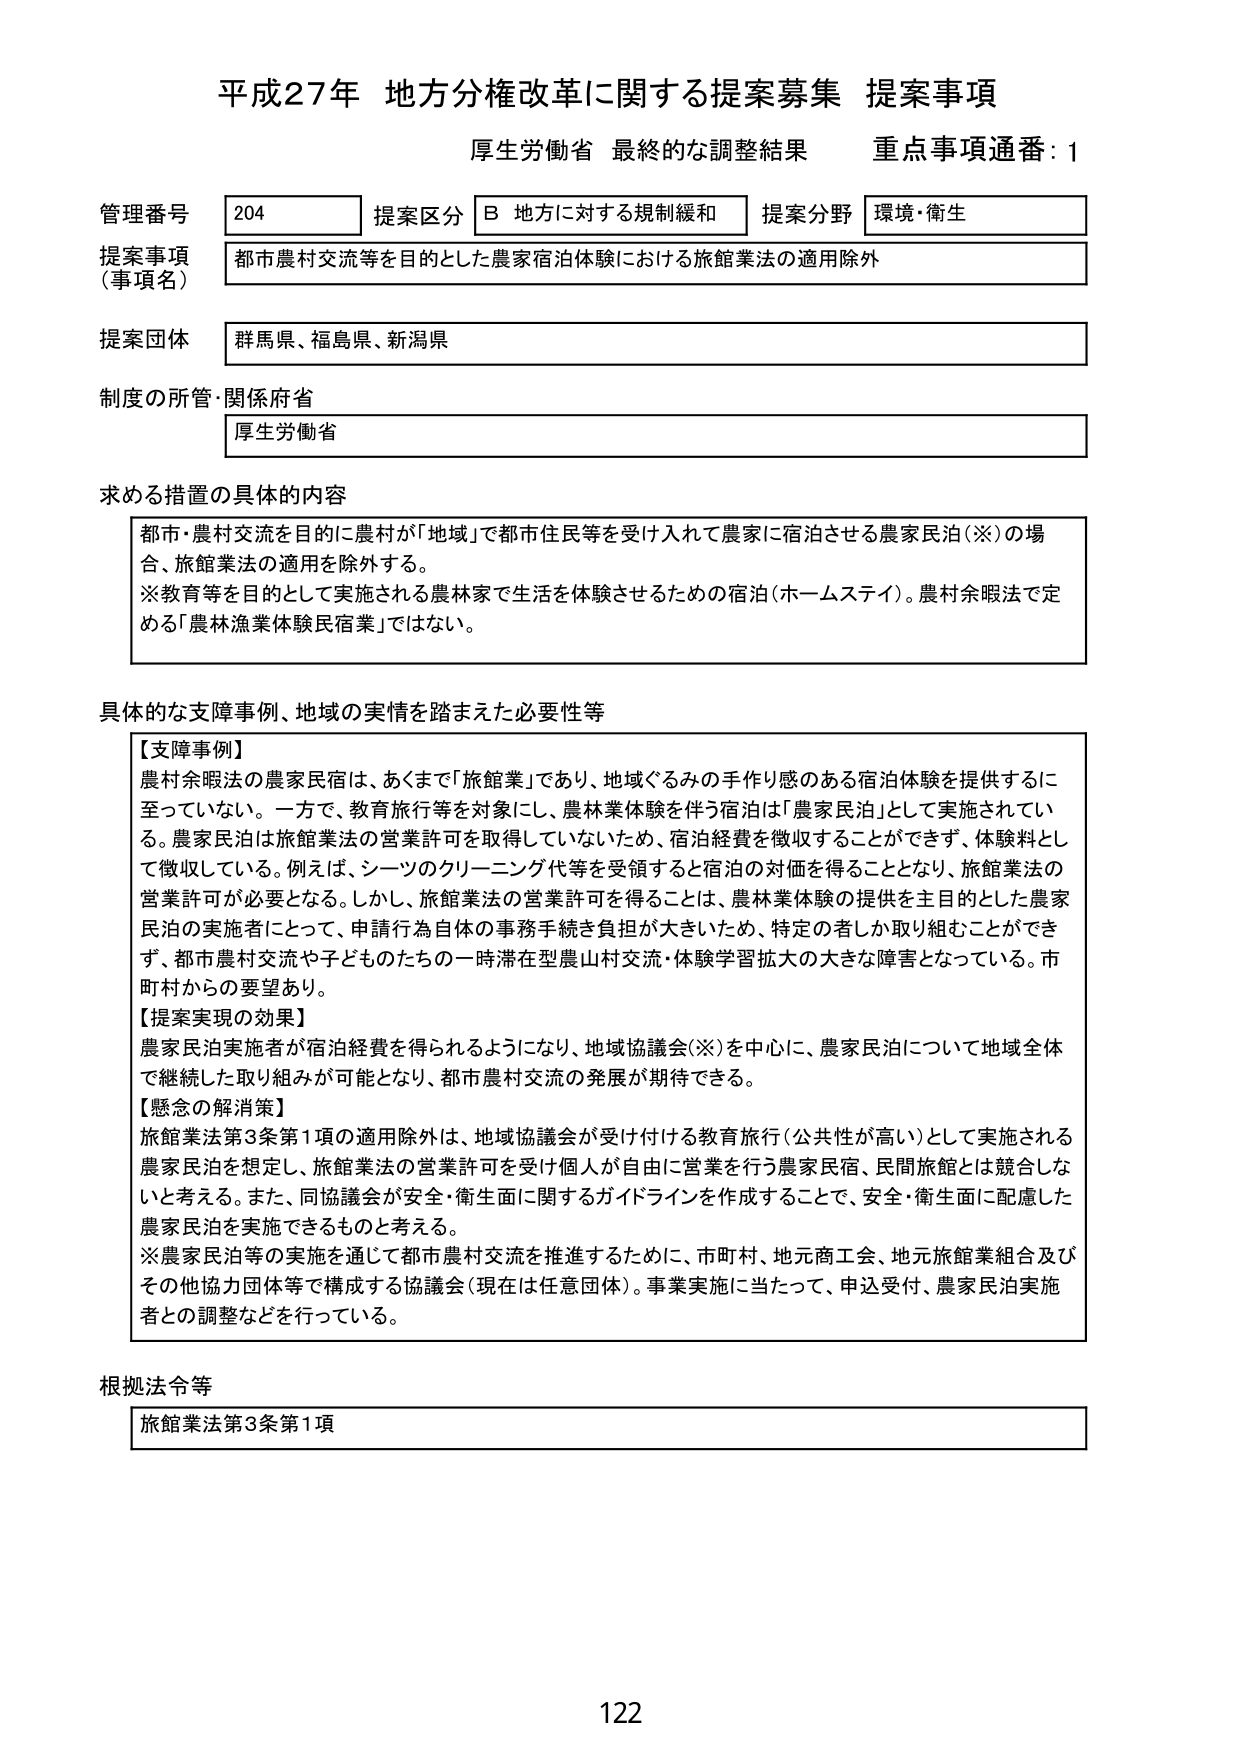
平成27年 地方分権改革に関する提案募集 提案事項
厚生労働省 最終的な調整結果 重点事項通番：1

管理番号 204 提案区分 B 地方に対する規制緩和 提案分野 環境・衛生
提案事項（事項名） 都市農村交流等を目的とした農家宿泊体験における旅館業法の適用除外
提案団体 群馬県、福島県、新潟県
制度の所管・関係府省 厚生労働省

求める措置の具体的内容
都市・農村交流を目的に農村が「地域」で都市住民等を受け入れて農家に宿泊させる農家民泊（※）の場合、旅館業法の適用を除外する。
※教育等を目的として実施される農林家で生活を体験させるための宿泊（ホームステイ）。農村余暇法で定める「農林漁業体験民宿業」ではない。

具体的な支障事例、地域の実情を踏まえた必要性等
【支障事例】
農村余暇法の農家民宿は、あくまで「旅館業」であり、地域ぐるみの手作り感のある宿泊体験を提供するに至っていない。一方で、教育旅行等を対象にし、農林業体験を伴う宿泊は「農家民泊」として実施されている。農家民泊は旅館業法の営業許可を取得していないため、宿泊経費を徴収することができず、体験料として徴収している。例えば、シーツのクリーニング代等を受領すると宿泊の対価を得ることとなり、旅館業法の営業許可が必要となる。しかし、旅館業法の営業許可を得ることは、農林業体験の提供を主目的とした農家民泊の実施者にとって、申請行為自体の事務手続き負担が大きいため、特定の者しか取り組むことができず、都市農村交流や子どもたちの一時滞在型農山村交流・体験学習拡大の大きな障害となっている。市町村からの要望あり。
【提案実現の効果】
農家民泊実施者が宿泊経費を得られるようになり、地域協議会（※）を中心に、農家民泊について地域全体で継続した取り組みが可能となり、都市農村交流の発展が期待できる。
【懸念の解消策】
旅館業法第3条第1項の適用除外は、地域協議会が受け付ける教育旅行（公共性が高い）として実施される農家民泊を想定し、旅館業法の営業許可を受け個人が自由に営業を行う農家民宿、民間旅館とは競合しないと考える。また、同協議会が安全・衛生面に関するガイドラインを作成することで、安全・衛生面に配慮した農家民泊を実施できるものと考える。
※農家民泊等の実施を通じて都市農村交流を推進するために、市町村、地元商工会、地元旅館業組合及びその他協力団体等で構成する協議会（現在は任意団体）。事業実施に当たって、申込受付、農家民泊実施者との調整などを行っている。

根拠法令等
旅館業法第3条第1項

122